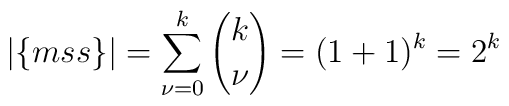
|\{mss\}|=\sum_{\nu=0}^k {k \choose    \nu}=(1+1)^k=2^k